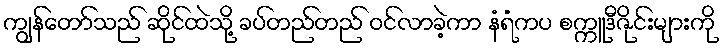
ကျွန်တော်သည် ဆိုင်ထဲသို့ ခပ်တည်တည် ဝင်လာခဲ့ကာ နံရံကပ စက္ကူဒီဇိုင်းများကို